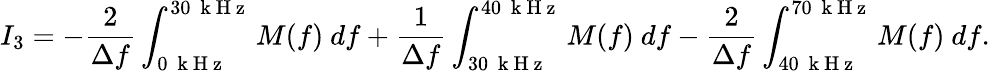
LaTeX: I_{3}=-\frac{2}{\Delta f}\int_{0~\mathrm{~k~H~z~}}^{30~\mathrm{~k~H~z~}}M(f)~df+\frac{1}{\Delta f}\int_{30~\mathrm{~k~H~z~}}^{40~\mathrm{~k~H~z~}}M(f)~df-\frac{2}{\Delta f}\int_{40~\mathrm{~k~H~z~}}^{70~\mathrm{~k~H~z~}}M(f)~df.